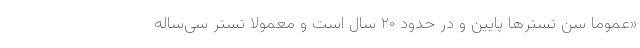
«عموما سن تسترها پایین و در حدود ۲۰ سال است و معمولا تستر سی‌ساله